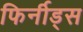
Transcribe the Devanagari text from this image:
फिर्नीड्स